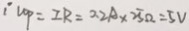
: V o _ { P } = I R = 2 . 2 A \times 2 5 \Omega = 5 V